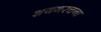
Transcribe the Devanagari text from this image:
शयनरचना